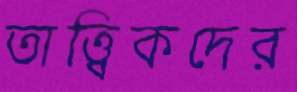
তাত্ত্বিকদের